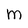
Character: M